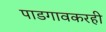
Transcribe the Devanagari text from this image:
पाडगावकरही